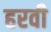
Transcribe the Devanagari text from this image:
हरवी